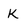
Character: K